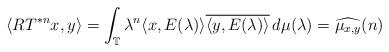
LaTeX: \begin{align*}\langle RT^{*n}x,y\rangle=\int_{\mathbb{T}}\lambda^{n}\langle x, E(\lambda)\rangle\overline{\langle y,E(\lambda)\rangle}\,d\mu(\lambda)=\widehat{\mu_{x,y}}(n)\end{align*}